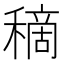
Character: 𥡦